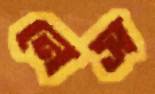
নেস